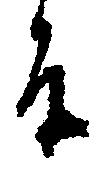
旨